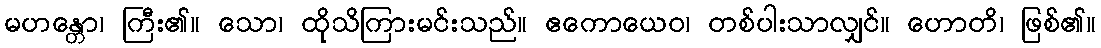
မဟန္တော၊ ကြီး၏။ သော၊ ထိုသိကြားမင်းသည်။ ဧကောယေဝ၊ တစ်ပါးသာလျှင်။ ဟောတိ၊ ဖြစ်၏။